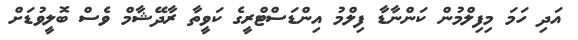
އަދި ހަމަ މިފިލްމުން ކަންނާޑާ ފިލްމު އިންޑަސްޓްރީގެ ކަވީތާ ރާދޭޝާމް ވެސް ބޮލީވުޑަށް